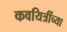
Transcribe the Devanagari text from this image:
कवयित्रींच्या